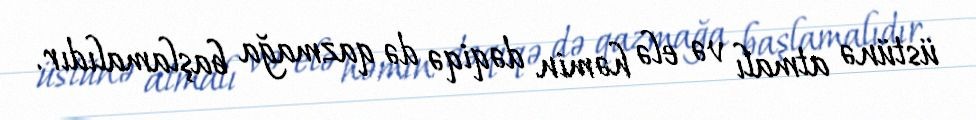
üstünə atmalı və elə həmin dəqiqə də qazmağa başlamalıdır.